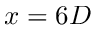
x = 6 D